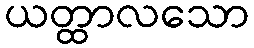
ယတ္ထာလသော